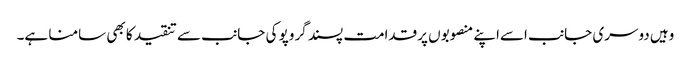
وہیں دوسری جانب اسےاپنے منصوبوں پرقدامت پسند گروپو کی جانب سے تنقید کا بھی سامنا ہے۔